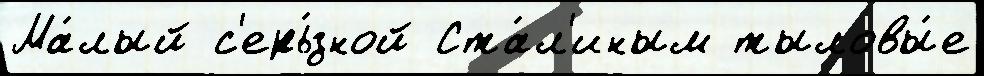
Ма́лый с'ерь́зной Ста́л'иным тыловы́е